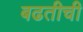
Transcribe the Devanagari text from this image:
बढतीची